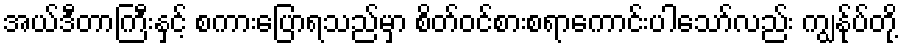
အယ်ဒီတာကြီးနှင့် စကားပြောရသည်မှာ စိတ်ဝင်စားစရာကောင်းပါသော်လည်း ကျွန်ုပ်တို့